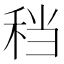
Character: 𫀮